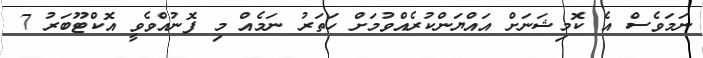
ނަމަވެސް އެ ކޮމިޝަނަށް އައްޔަންކުރެއްވުމަށް ހަތަރު ނަމެއް މި ފޮނުއްވެވީ އޮކްޓޫބަރު 7